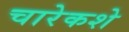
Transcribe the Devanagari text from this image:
चारेकशे